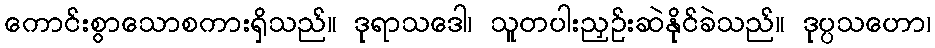
ကောင်းစွာသောစကားရှိသည်။ ဒုရာသဒေါ၊ သူတပါးညှဉ်းဆဲနိုင်ခဲသည်။ ဒုပ္ပသဟော၊